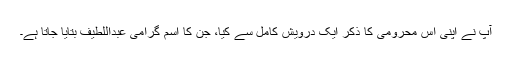
آپ نے اپنی اس محرومی کا ذکر ایک درویش کامل سے کیا، جن کا اسم گرامی عبداللطیف بتایا جاتا ہے۔